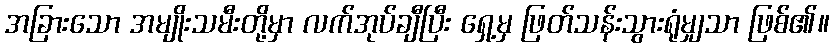
အခြားသော အမျိုးသမီးတို့မှာ လက်အုပ်ချီပြီး ရှေ့မှ ဖြတ်သန်းသွားရုံမျှသာ ဖြစ်၏။